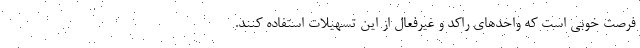
فرصت خوبی است که واحدهای راکد و غیرفعال از این تسهیلات استفاده کنند.